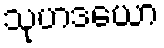
သုဟဒယော